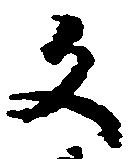
文